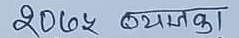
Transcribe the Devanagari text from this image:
२०७५ व्यस्तका